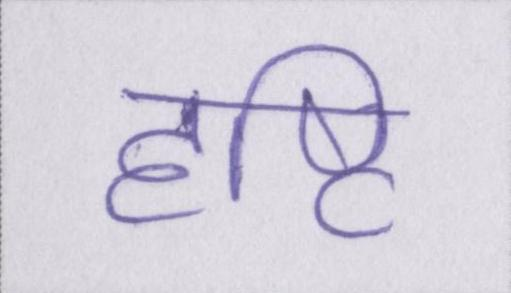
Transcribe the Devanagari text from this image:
दृष्टि